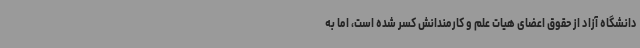
دانشگاه آزاد از حقوق اعضای هیات علم و کارمندانش کسر شده است، اما به